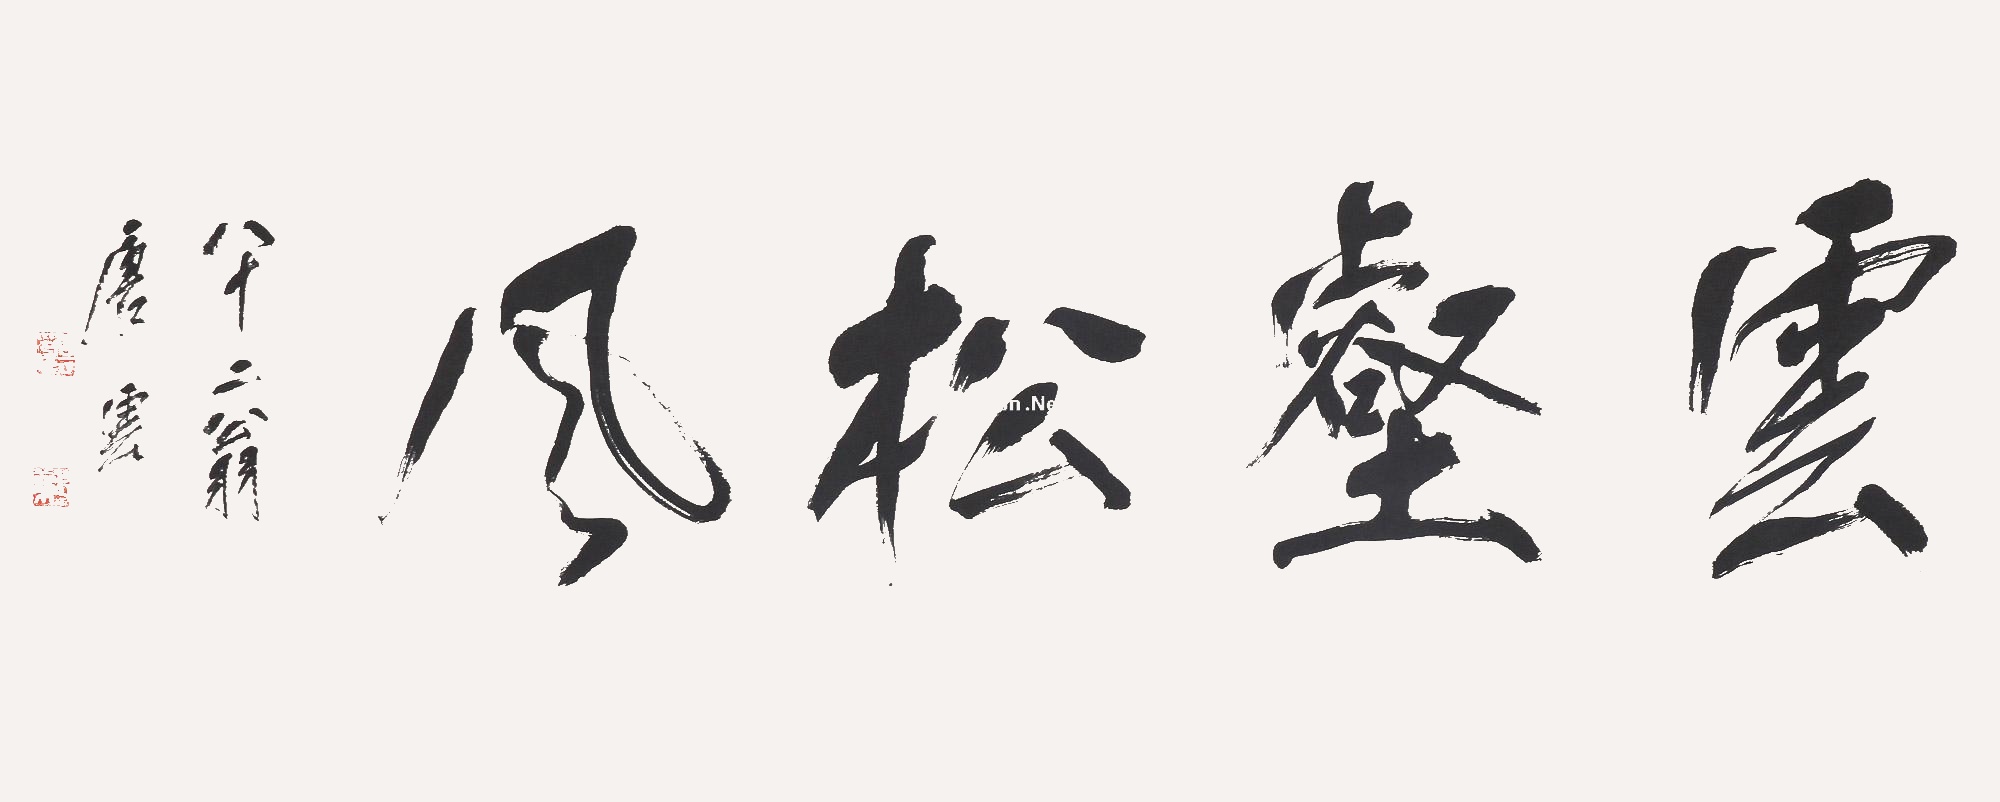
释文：云壑松风八十二翁，唐云。